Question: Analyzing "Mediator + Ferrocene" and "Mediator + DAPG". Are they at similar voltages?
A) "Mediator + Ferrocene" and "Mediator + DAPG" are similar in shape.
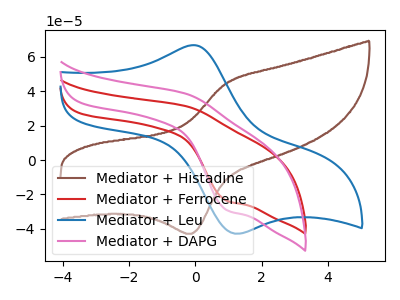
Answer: <think>The brown curve "Mediator + Histadine" has an anodic peak at (0.90V, 44.40uA) and a cathodic peak at (-0.10V, -42.85uA). The red curve "Mediator + Ferrocene" has an anodic peak at (-0.30V, 31.35uA) and a cathodic peak at (0.95V, -23.65uA). The blue curve "Mediator + Leu" has an anodic peak at (-0.05V, 66.85uA) and a cathodic peak at (1.25V, -42.85uA). The pink curve "Mediator + DAPG" has an anodic peak at (-0.30V, 38.55uA) and a cathodic peak at (0.95V, -29.10uA).
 All the peaks in "Mediator + Ferrocene" have a peak in "Mediator + DAPG" at the same potential. Every peak in "Mediator + Ferrocene" is lower than every peak in "Mediator + DAPG".</think>
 <answer>A) "Mediator + Ferrocene" and "Mediator + DAPG" are similar in shape.</answer>
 <eval>A</eval>